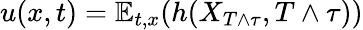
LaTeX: u(x,t)=\mathbb{E}_{t,x}(h(X_{T\wedge\tau},T\wedge\tau))